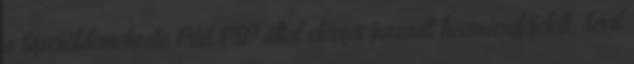
a Szociáldemokrata Párt PSD által először javasolt kormányfőjelölt, Sevil